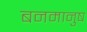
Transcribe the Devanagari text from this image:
बनमानुष